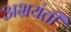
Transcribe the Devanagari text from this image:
अभ्रयंती